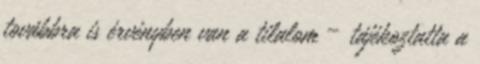
továbbra is érvényben van a tilalom – tájékoztatta a